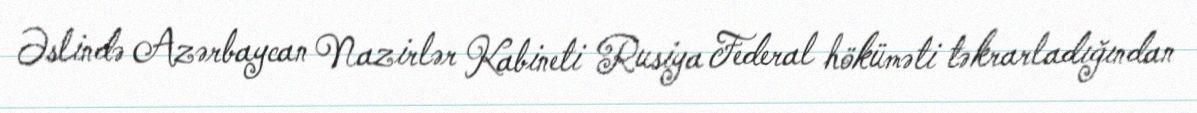
Əslində Azərbaycan Nazirlər Kabineti Rusiya Federal höküməti təkrarladığından